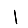
Digit: 1